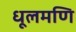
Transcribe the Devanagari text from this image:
धूलमणि